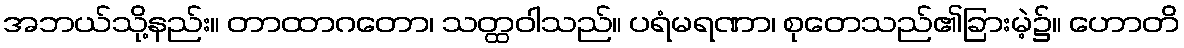
အဘယ်သို့နည်း။ တာထာဂတော၊ သတ္ထဝါသည်။ ပရံမရဏာ၊ စုတေသည်၏ခြားမဲ့၌။ ဟောတိ